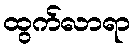
ထွက်လာရာ